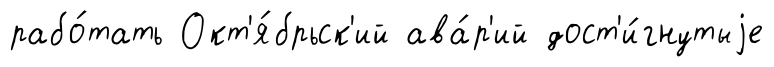
рабо́тать Окт'я́брьск'ий ава́р'ий дост'и́гнутыjе